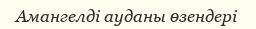
Амангелді ауданы өзендері